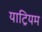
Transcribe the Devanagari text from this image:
याट्रियम